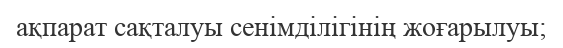
ақпарат сақталуы сенімділігінің жоғарылуы;